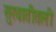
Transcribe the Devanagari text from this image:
सुरवातीतली